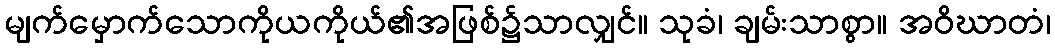
မျက်မှောက်သောကိုယကိုယ်၏အဖြစ်၌သာလျှင်။ သုခံ၊ ချမ်းသာစွာ။ အဝိဃာတံ၊